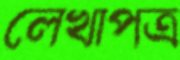
লেখাপত্র